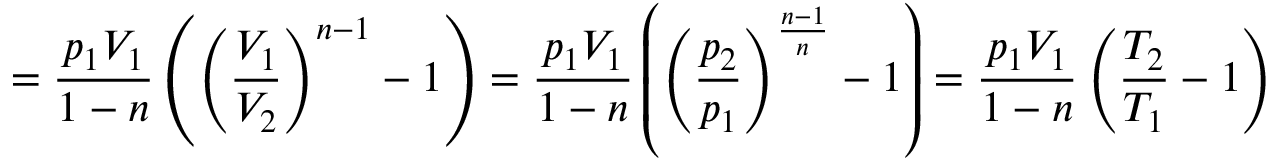
= { \frac { p _ { 1 } V _ { 1 } } { 1 - n } } \left( \left( { \frac { V _ { 1 } } { V _ { 2 } } } \right) ^ { n - 1 } - 1 \right) = { \frac { p _ { 1 } V _ { 1 } } { 1 - n } } \left( \left( { \frac { p _ { 2 } } { p _ { 1 } } } \right) ^ { \frac { n - 1 } { n } } - 1 \right) = { \frac { p _ { 1 } V _ { 1 } } { 1 - n } } \left( { \frac { T _ { 2 } } { T _ { 1 } } } - 1 \right)